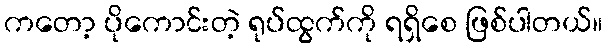
ကတော့ ပိုကောင်းတဲ့ ရုပ်ထွက်ကို ရရှိစေ ဖြစ်ပါတယ်။